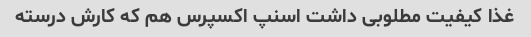
غذا کیفیت مطلوبی داشت اسنپ اکسپرس هم که کارش درسته